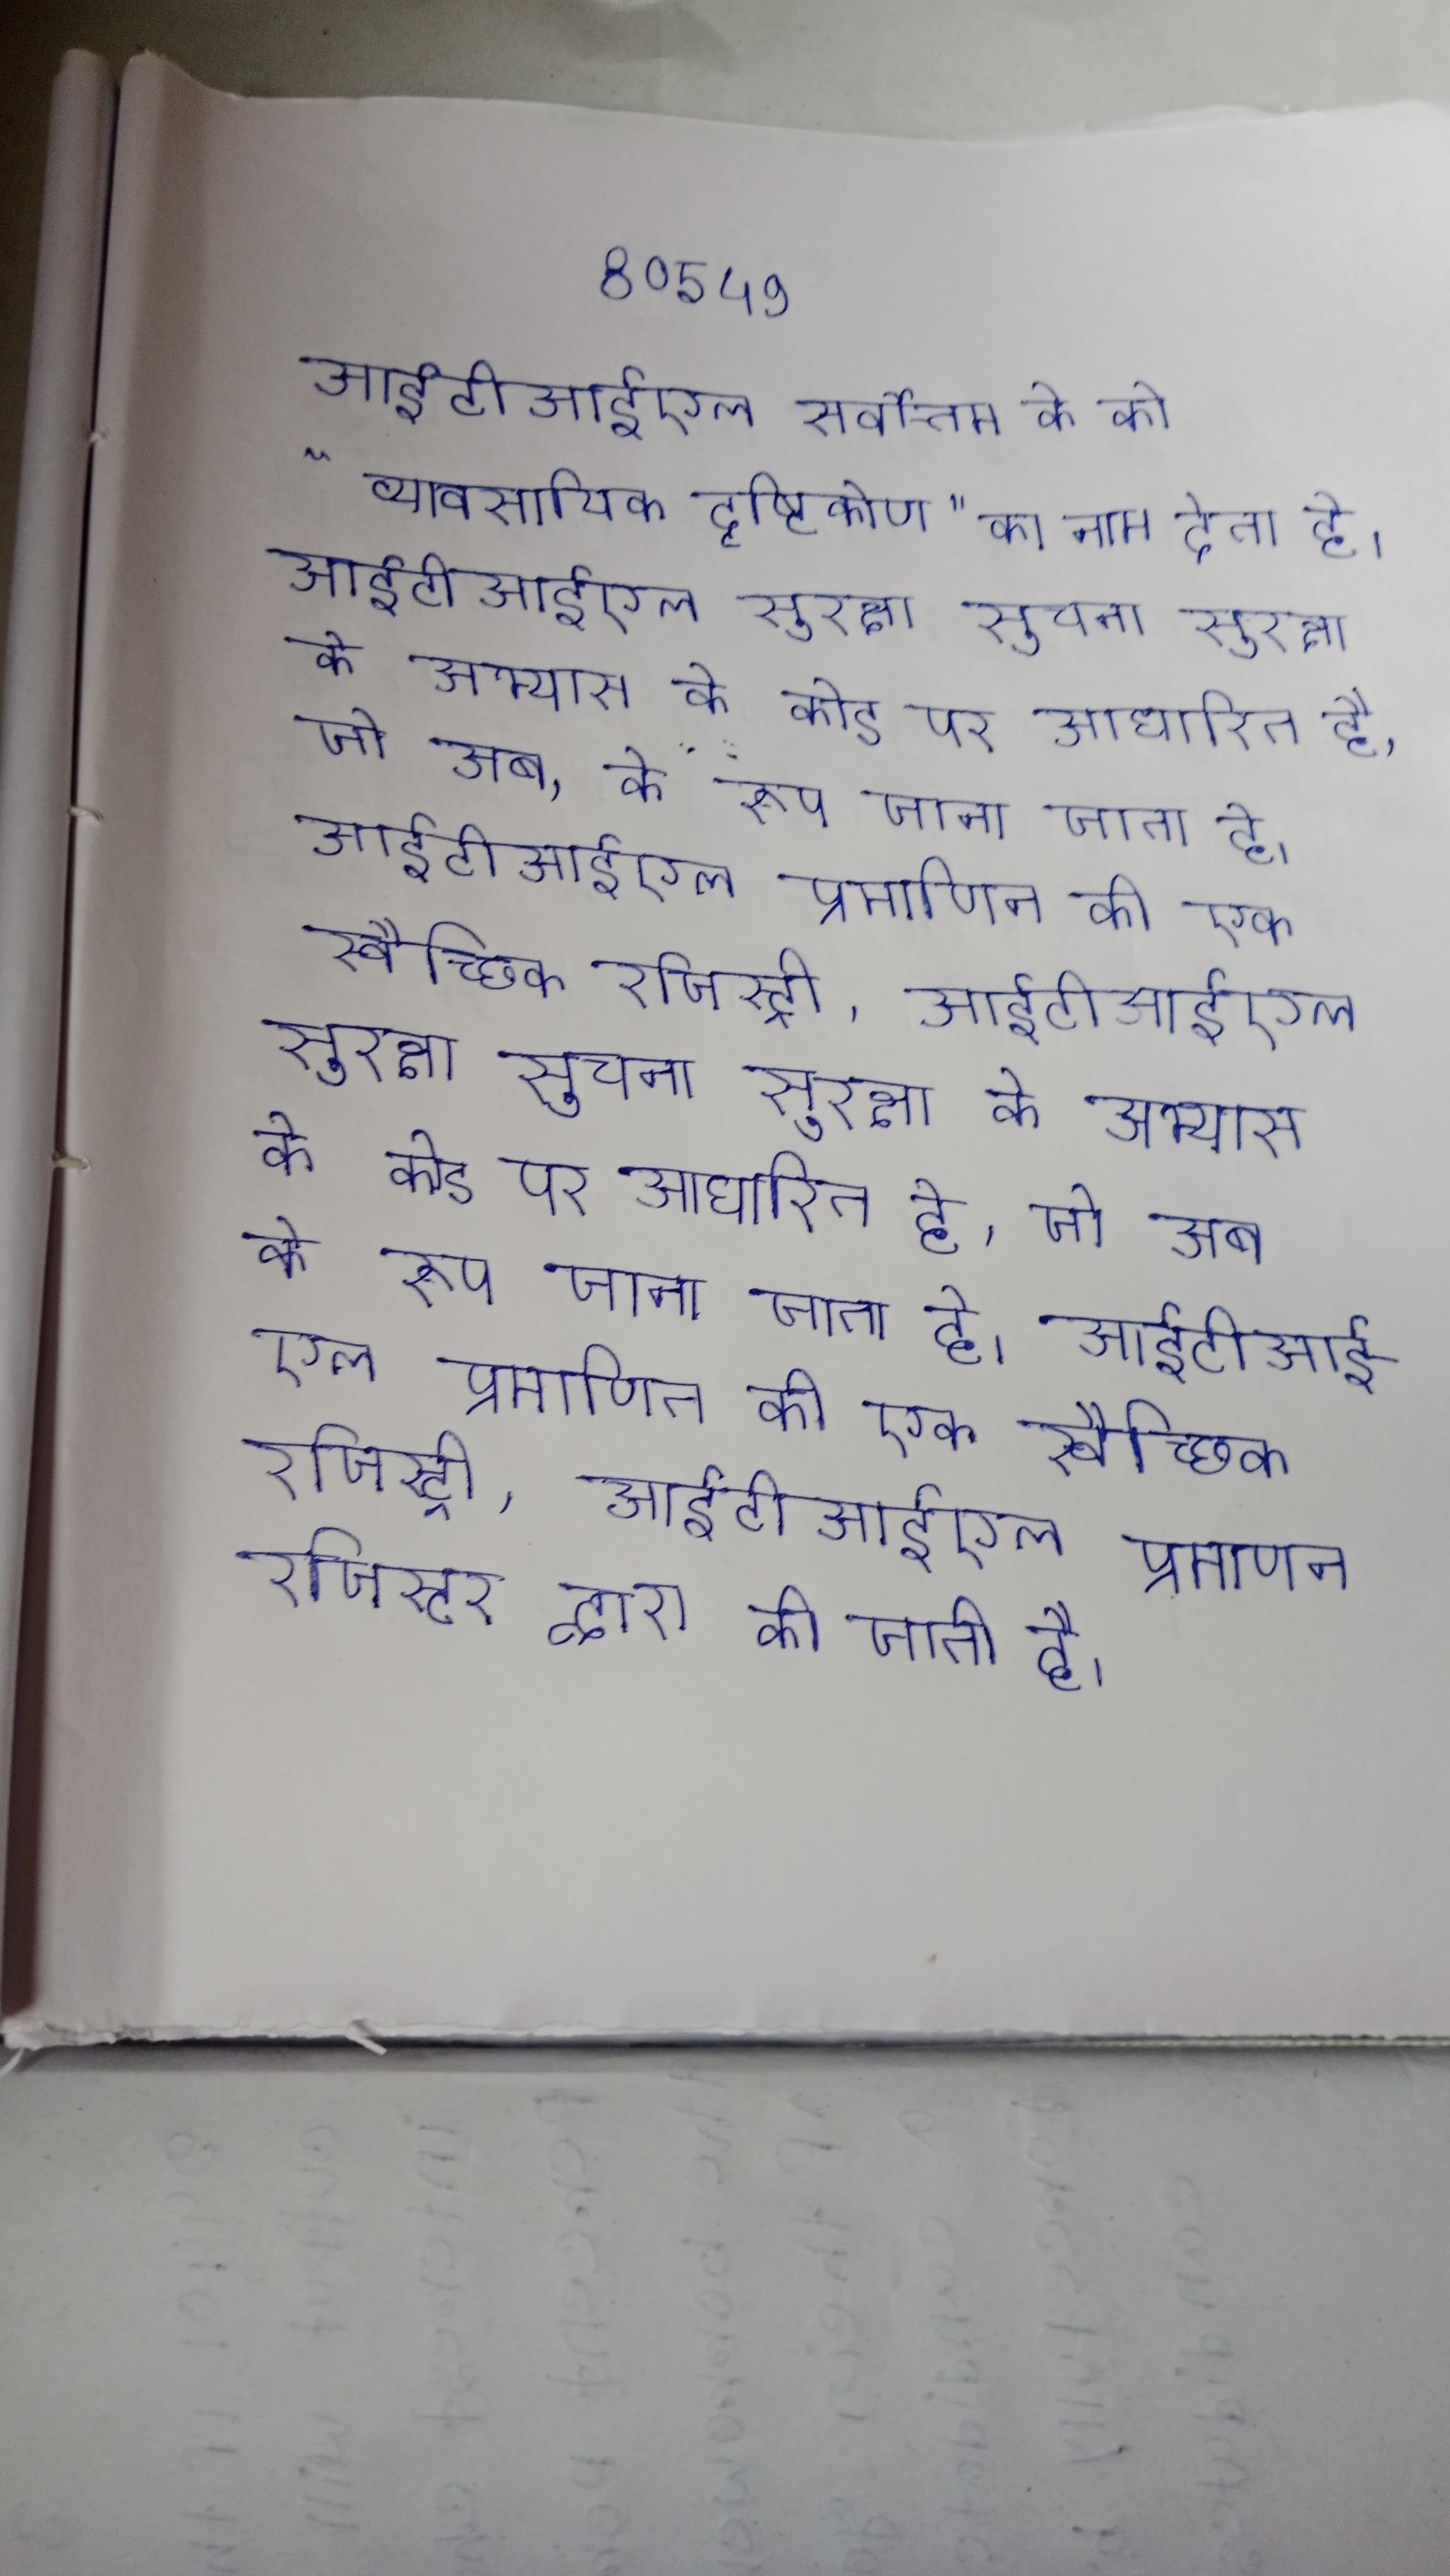
आईटीआईएल सर्वोत्तम के को "व्यावसायिक दृष्टिकोण" का नाम देता है । आईटीआईएल सुरक्षा सूचना सुरक्षा के अभ्यास के कोड पर आधारित है, जो अब के रूप जाना जाता है । आईटीआईएल प्रमाणित की एक स्वैच्छिक रजिस्ट्री, आईटीआईएल प्रमाणन रजिस्टर द्वारा की जाती है ।